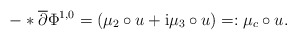
\begin{align*}-\ast\overline{\partial} \Phi^{1,0} = \left(\mu_{2}\circ u + \mathrm{i}\mu_{3}\circ u\right) =: \mu_{c} \circ u.\end{align*}